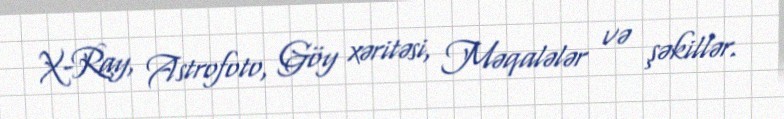
X-Ray, Astrofoto, Göy xəritəsi, Məqalələr və şəkillər.